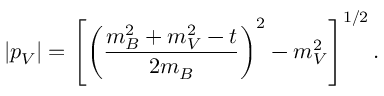
| p _ { V } | = \left[ \left( \frac { m _ { B } ^ { 2 } + m _ { V } ^ { 2 } - t } { 2 m _ { B } } \right) ^ { 2 } - m _ { V } ^ { 2 } \right] ^ { 1 / 2 } .